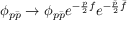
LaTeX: \phi _ { p { \bar { p } } } \rightarrow \phi _ { p { \bar { p } } } e ^ { - \frac { p } { 2 } f } e ^ { - \frac { \bar { p } } { 2 } { \bar { f } } }